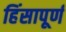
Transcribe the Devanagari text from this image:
हिंसापूर्ण